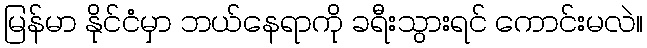
မြန်မာ နိုင်ငံမှာ ဘယ်နေရာကို ခရီးသွားရင် ကောင်းမလဲ။